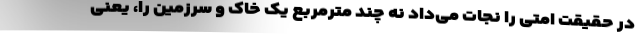
در حقیقت امتی را نجات می‌داد نه چند مترمربع یک خاک و سرزمین را، یعنی